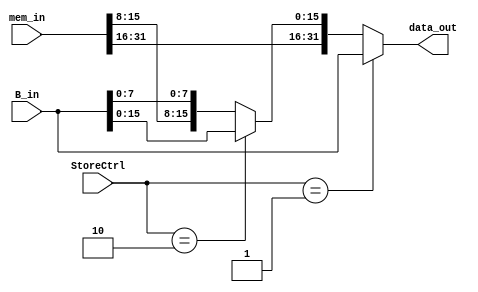
module store_unit (
  input wire [31:0] mem_in, 
  input wire [31:0]  B_in,
  input wire [1:0] StoreCtrl,
  output wire [31:0] data_out
);

  assign data_out = (StoreCtrl == 2'b01) ? B_in : (StoreCtrl == 2'b10) ? {mem_in[31:16],B_in[15:0]} : {mem_in[31:8],B_in[7:0]};

endmodule